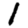
Digit: 1